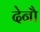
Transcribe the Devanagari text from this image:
देनौ